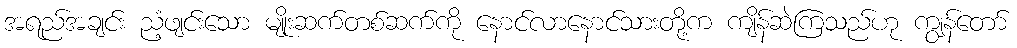
အရည်အချင်း ညံ့ဖျင်းသော မျိုးဆက်တစ်ဆက်ကို နောင်လာနောင်သားတို့က ကျိန်ဆဲကြသည်ဟု ကျွန်တော်